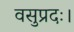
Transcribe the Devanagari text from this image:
वसुप्रदः।